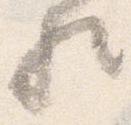
歟